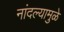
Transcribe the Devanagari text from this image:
नांदल्यामुळे